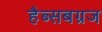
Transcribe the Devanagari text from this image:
हैब्सबग्रज